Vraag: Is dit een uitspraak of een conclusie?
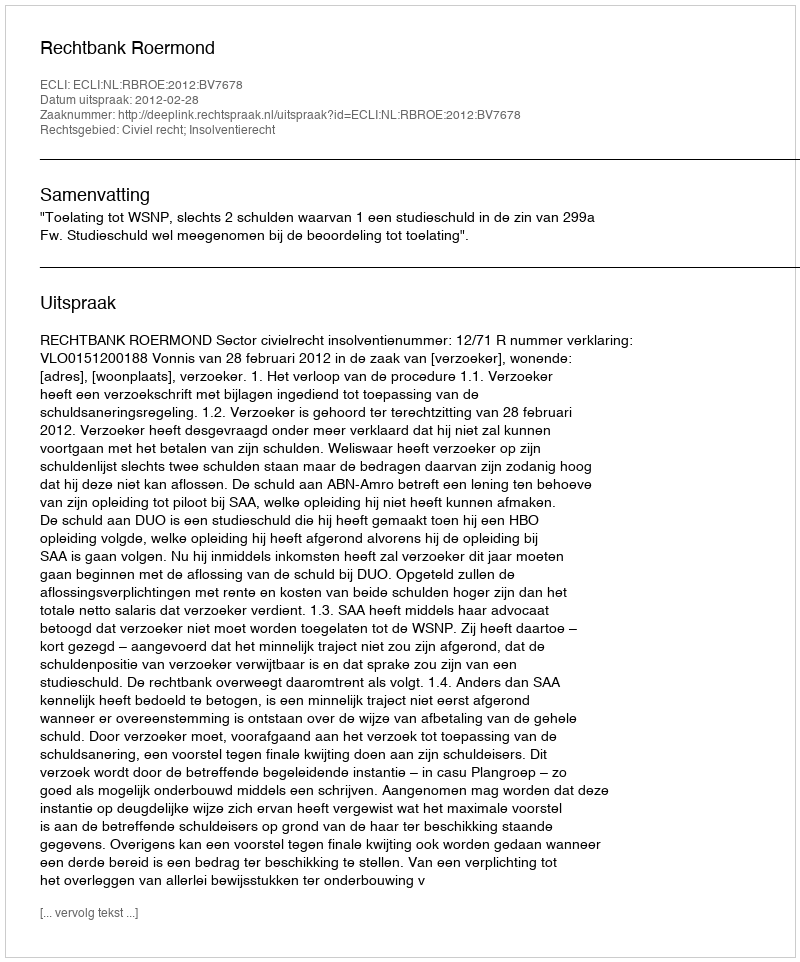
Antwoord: Uitspraak